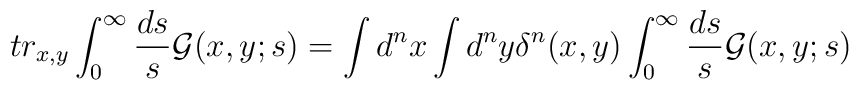
tr_{x,y}\int_{0}^{\infty} \frac{ds}{s}{\cal G}(x,y;s)=\int d^{n}x\int d^{n}y \delta^{n}(x,y)\int_{0}^{\infty}\frac{ds}{s}{\cal G}(x,y;s)